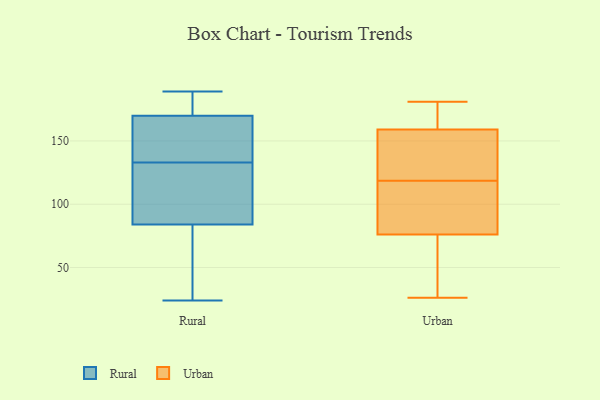
{"axis": {"x": "Production Output", "y": "Value"}, "legend": ["Rural", "Urban"], "data": [{"x": "", "y": 178, "type": "Rural"}, {"x": "", "y": 144, "type": "Rural"}, {"x": "", "y": 114, "type": "Rural"}, {"x": "", "y": 186, "type": "Rural"}, {"x": "", "y": 139, "type": "Rural"}, {"x": "", "y": 150, "type": "Rural"}, {"x": "", "y": 87, "type": "Rural"}, {"x": "", "y": 84, "type": "Rural"}, {"x": "", "y": 88, "type": "Rural"}, {"x": "", "y": 189, "type": "Rural"}, {"x": "", "y": 52, "type": "Rural"}, {"x": "", "y": 170, "type": "Rural"}, {"x": "", "y": 171, "type": "Rural"}, {"x": "", "y": 24, "type": "Rural"}, {"x": "", "y": 167, "type": "Rural"}, {"x": "", "y": 127, "type": "Rural"}, {"x": "", "y": 55, "type": "Rural"}, {"x": "", "y": 45, "type": "Rural"}, {"x": "", "y": 181, "type": "Urban"}, {"x": "", "y": 153, "type": "Urban"}, {"x": "", "y": 137, "type": "Urban"}, {"x": "", "y": 180, "type": "Urban"}, {"x": "", "y": 146, "type": "Urban"}, {"x": "", "y": 62, "type": "Urban"}, {"x": "", "y": 26, "type": "Urban"}, {"x": "", "y": 66, "type": "Urban"}, {"x": "", "y": 103, "type": "Urban"}, {"x": "", "y": 171, "type": "Urban"}, {"x": "", "y": 117, "type": "Urban"}, {"x": "", "y": 120, "type": "Urban"}, {"x": "", "y": 76, "type": "Urban"}, {"x": "", "y": 160, "type": "Urban"}, {"x": "", "y": 105, "type": "Urban"}, {"x": "", "y": 29, "type": "Urban"}, {"x": "", "y": 159, "type": "Urban"}, {"x": "", "y": 76, "type": "Urban"}]}